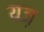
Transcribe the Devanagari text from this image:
यज़